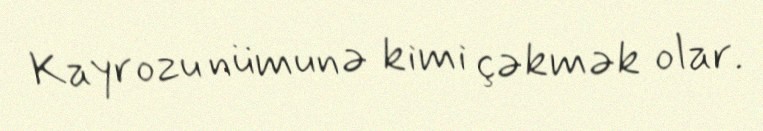
Kayrozu nümunə kimi çəkmək olar.